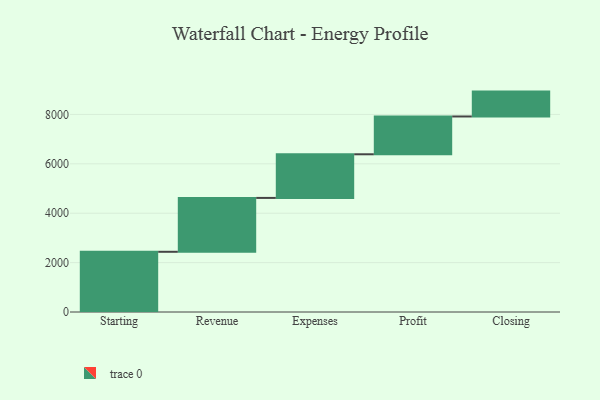
{"axis": {"x": "Step", "y": "Value"}, "legend": [""], "data": [{"x": "Starting", "y": 2438.0, "type": ""}, {"x": "Revenue", "y": 2182.0, "type": ""}, {"x": "Expenses", "y": 1767.0, "type": ""}, {"x": "Profit", "y": 1531.0, "type": ""}, {"x": "Closing", "y": 1007.0, "type": ""}]}